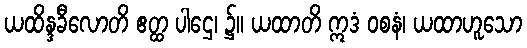
ယထိန္ဒခီလောတိ ဧတ္ထ ပါဌေ၊ ၌။ ယထာတိ ဣဒံ ဝစနံ၊ ယထာဟူသော